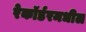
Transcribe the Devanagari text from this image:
रेकॉर्डरमधील